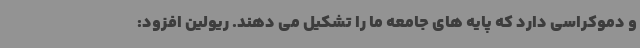
و دموکراسی دارد که پایه های جامعه ما را تشکیل می دهند. ریولین افزود: